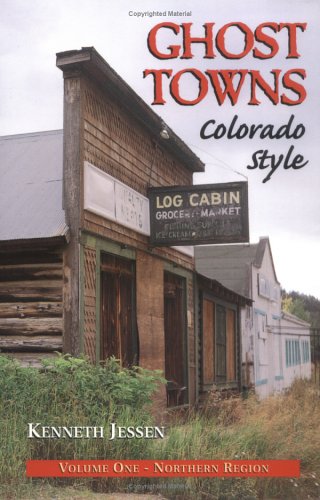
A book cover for Ghost Towns, Colorado Style: Northern Region; Kenneth Jessen; Travel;